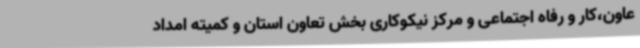
عاون،کار و رفاه اجتماعی و مرکز نیکوکاری بخش تعاون استان و کمیته امداد